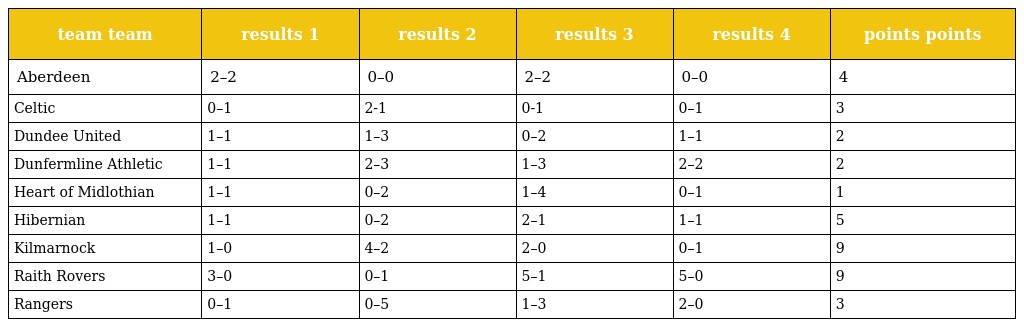
| team team | results 1 | results 2 | results 3 | results 4 | points points |
 | --- | --- | --- | --- | --- | --- |
 | Aberdeen | 2–2 | 0–0 | 2–2 | 0–0 | 4 |
 | Celtic | 0–1 | 2-1 | 0-1 | 0–1 | 3 |
 | Dundee United | 1–1 | 1–3 | 0–2 | 1–1 | 2 |
 | Dunfermline Athletic | 1–1 | 2–3 | 1–3 | 2–2 | 2 |
 | Heart of Midlothian | 1–1 | 0–2 | 1–4 | 0–1 | 1 |
 | Hibernian | 1–1 | 0–2 | 2–1 | 1–1 | 5 |
 | Kilmarnock | 1–0 | 4–2 | 2–0 | 0–1 | 9 |
 | Raith Rovers | 3–0 | 0–1 | 5–1 | 5–0 | 9 |
 | Rangers | 0–1 | 0–5 | 1–3 | 2–0 | 3 |